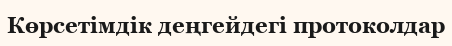
Көрсетімдік деңгейдегі протоколдар